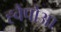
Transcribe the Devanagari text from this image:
ह्वैंपोआ